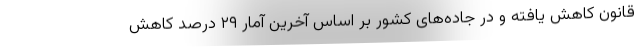
قانون کاهش یافته و در جاده‌های کشور بر اساس آخرین آمار ۲۹ درصد کاهش